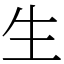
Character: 生